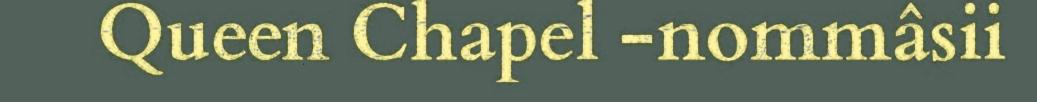
Queen Chapel -nommâsii